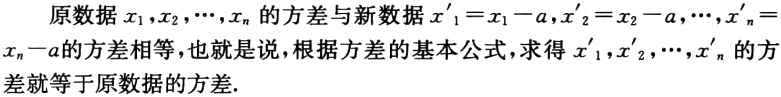
原数据\(x_{1},x_{2},\cdots,x_{n}\)的方差与新数据\(x_{1}' = x_{1}-a,x_{2}' = x_{2}-a,\cdots,x_{n}' = x_{n}-a\)的方差相等，也就是说，根据方差的基本公式，求得\(x_{1}',x_{2}',\cdots,x_{n}'\)的方差就等于原数据的方差.